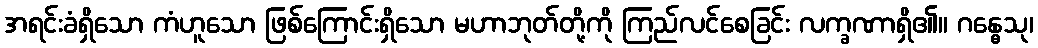
အရင်းခံရှိသော ကံဟူသော ဖြစ်ကြောင်းရှိသော မဟာဘုတ်တို့ကို ကြည်လင်စေခြင်း လက္ခဏာရှိ၏။ ဂန္ဓေသု၊